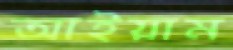
আইয়াম